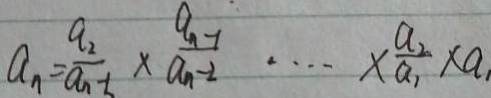
a _ { n } = \frac { a _ { 2 } } { a _ { n } } \times \frac { a _ { n } - 1 } { a _ { n - 2 } } \cdots \times \frac { a _ { 2 } } { a _ { 1 } } \times a _ { 1 }